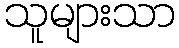
သူများသာ